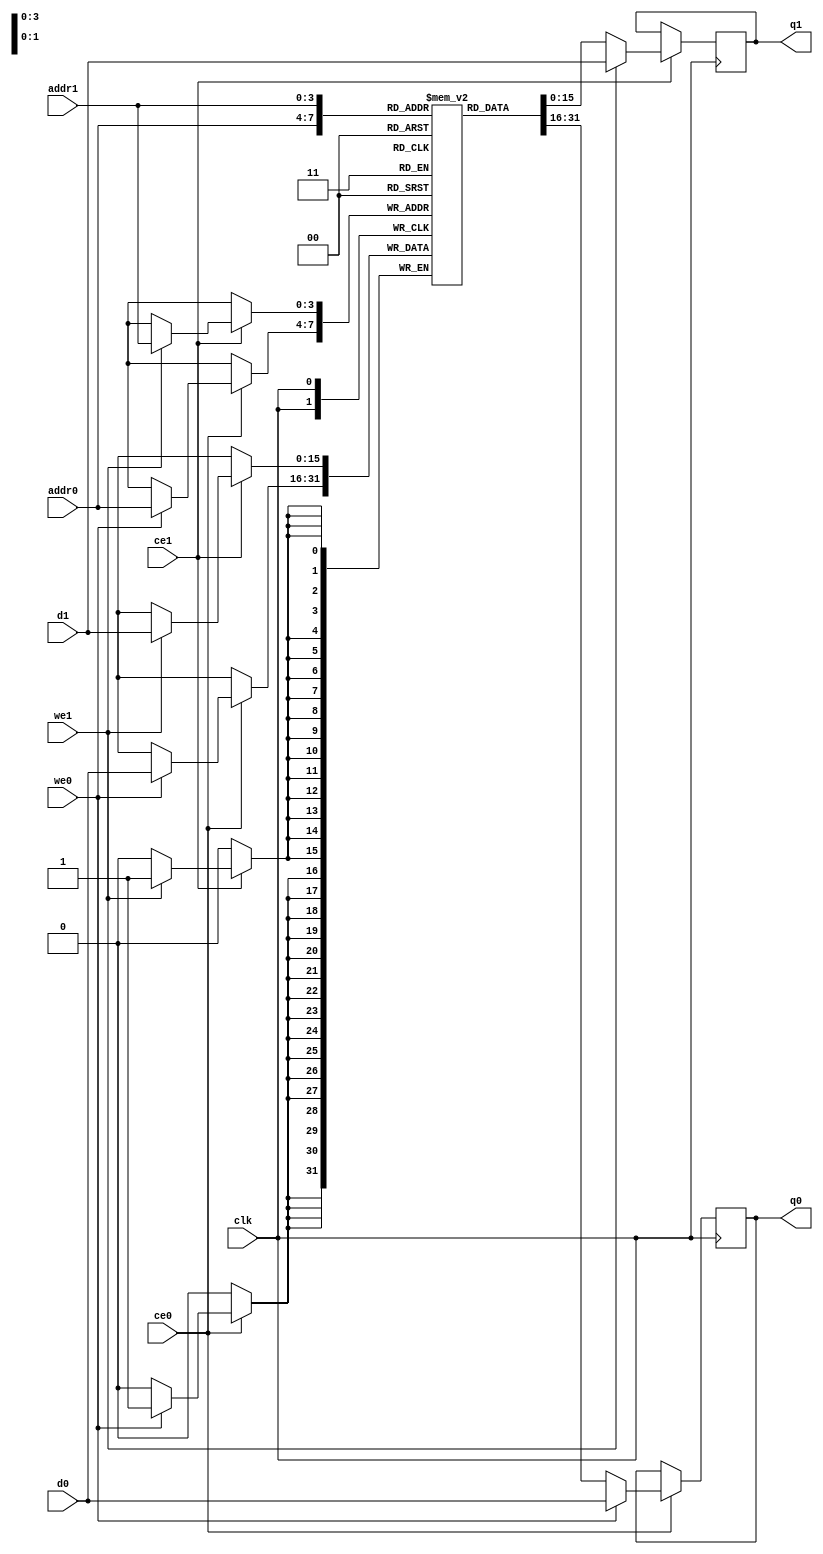
// ==============================================================
// File generated by Vivado(TM) HLS - High-Level Synthesis from C, C++ and SystemC
// Version: 2017.4
// Copyright (C) 1986-2017 Xilinx, Inc. All Rights Reserved.
// 
// ==============================================================

`timescale 1 ns / 1 ps
module conv_1_out_val_V_ram (addr0, ce0, d0, we0, q0, addr1, ce1, d1, we1, q1,  clk);

parameter DWIDTH = 16;
parameter AWIDTH = 4;
parameter MEM_SIZE = 16;

input[AWIDTH-1:0] addr0;
input ce0;
input[DWIDTH-1:0] d0;
input we0;
output reg[DWIDTH-1:0] q0;
input[AWIDTH-1:0] addr1;
input ce1;
input[DWIDTH-1:0] d1;
input we1;
output reg[DWIDTH-1:0] q1;
input clk;

(* ram_style = "block" *)reg [DWIDTH-1:0] ram[0:MEM_SIZE-1];




always @(posedge clk)  
begin 
    if (ce0) 
    begin
        if (we0) 
        begin 
            ram[addr0] <= d0; 
            q0 <= d0;
        end 
        else 
            q0 <= ram[addr0];
    end
end


always @(posedge clk)  
begin 
    if (ce1) 
    begin
        if (we1) 
        begin 
            ram[addr1] <= d1; 
            q1 <= d1;
        end 
        else 
            q1 <= ram[addr1];
    end
end


endmodule


`timescale 1 ns / 1 ps
module conv_1_out_val_V(
    reset,
    clk,
    address0,
    ce0,
    we0,
    d0,
    q0,
    address1,
    ce1,
    we1,
    d1,
    q1);

parameter DataWidth = 32'd16;
parameter AddressRange = 32'd16;
parameter AddressWidth = 32'd4;
input reset;
input clk;
input[AddressWidth - 1:0] address0;
input ce0;
input we0;
input[DataWidth - 1:0] d0;
output[DataWidth - 1:0] q0;
input[AddressWidth - 1:0] address1;
input ce1;
input we1;
input[DataWidth - 1:0] d1;
output[DataWidth - 1:0] q1;



conv_1_out_val_V_ram conv_1_out_val_V_ram_U(
    .clk( clk ),
    .addr0( address0 ),
    .ce0( ce0 ),
    .d0( d0 ),
    .we0( we0 ),
    .q0( q0 ),
    .addr1( address1 ),
    .ce1( ce1 ),
    .d1( d1 ),
    .we1( we1 ),
    .q1( q1 ));

endmodule